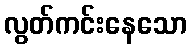
လွတ်ကင်းနေသော